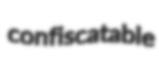
confiscatable